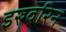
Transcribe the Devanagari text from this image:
इरुवरिन